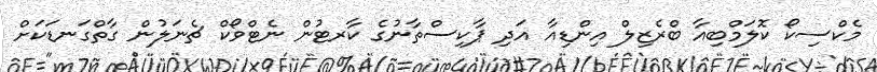
މެކްސިކޯ ކޮލަމްބިއާ ބްރެޒިލް އިންޑިއާ އަދި ޕާކިސްތާނުގެ ކާރޓުން ނެޓްވޯކް ޗެނަލުން ގާތްގަނޑަކަށް